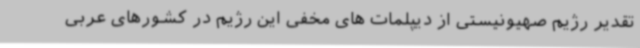
تقدیر رژیم صهیونیستی از دیپلمات های مخفی این رژیم در کشورهای عربی